Civil Veterinary Department. United Provinces 1912-22 - 1912-1922
Year: 1912
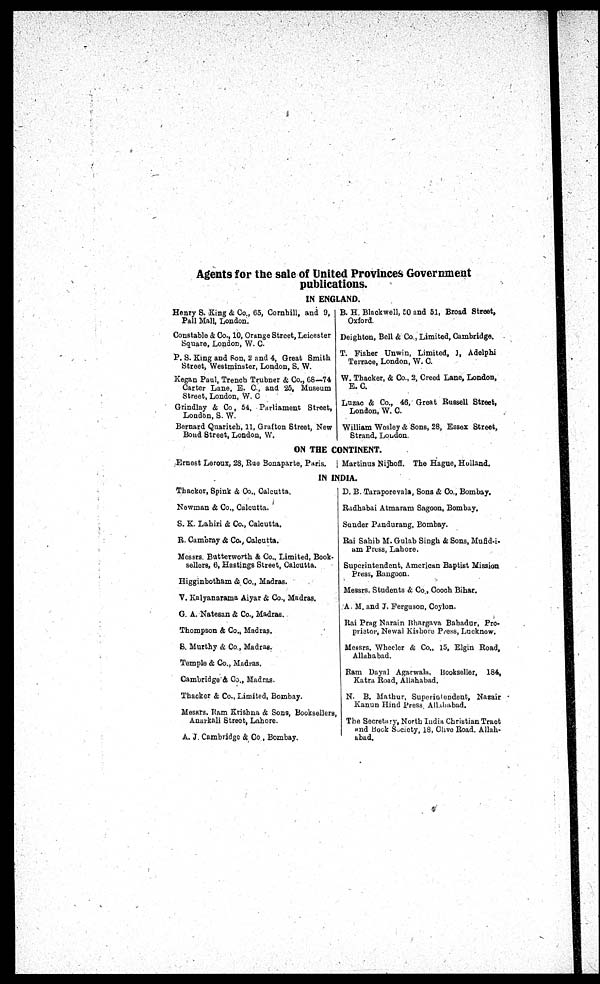
Agents for the sale of United Provinces Government
publications.
IN ENGLAND.
Henry 8. King & Co., 65, Cornhill, and 9,
Pall Mall, London.
Constable & Co., 10, Orange Street, Leicester
Square, London, W. C
P. S. King and Son, 2 and 4, Great Smith
Street, Westminster, London, S. W.
Kegan Paul, Trench Trubner & Co., 68—74
Carter Lane, E. C, and 25, Museum
Street, London, W. C
Grindlay & Co, 54, Parliament Street,
London, S.W.
Bernard Quaritch, 11, Grafton Street, New
Bond Street, London, W.
B. H. Blackwell, 50 and 51, Broad Street,
Oxford.
Deighton, Bell & Co., Limited, Cambridge.
T. Fisher Unwin, Limited, J, Adelphi
Terrace, London, W. C.
W. Thacker, & Co., 2, Creed Lane, London,
E. C.
Luzac & Co., 46, Great Russell Street,
London, W. C.
William Wosley & Sons, 28, Essex Street,
Strand, Loudon.
ON THE CONTINENT.
Ernest Leroux, 28, Rao Sonaparte, Paris. | Martinus Nijhoff. The Hague, Holland.
IN INDIA.
Thacker, Spink & Co., Calcutta.
Newman & Co., Calcutta.
S. K. Lahiri & Co., Calcutta.
R. Cambray & Co., Calcutta.
Messrs. Butterworth & Co.. Limited, Book-
sellers, 6, Hastings Street, Calcutta.
Higginbotham & Co., Madras.
V. Kalyanarama Aiyar & Co., Madras.
G. A. Natesan & Co., Madras.
Thompson & Co., Madras.
S. Murthy & Co., Madras.
Temple & Co., Madras.
Cambridge & Co., Madras.
Thacker & Co., Limited, Bombay.
Messrs. Ram Krishna & Sons, Booksellers,
Anarkali Street, Lahore.
A. J. Cambridge & Co . Bombay.
D. B. Taraporevala, Sons & Co., Bombay.
Radhabai Atmaram Sageon, Bombay.
Sunder Pandurang, Bombay.
Rai Sahib M. Gulab Singh & Sons, Mufid-i
am Press, Lahore.
Superintendent, American Baptist Mission
Press, Rangoon.
Messrs. Students &. Co., Coach Bihar.
A. M. and J. Ferguson, Coylon.
Rai Prag Narain Bhargava Bahadur, Pro-
prietor, Newal Kishore Press, Lucknow.
Messrs. Whecler & Co. 15, Elgin Road,
Allahabad.
Ram Dayal Agarwala, Bookseller, 184,
Katra Road, Allahabad.
N. B. Mathur, Superintendent, Nazair
Kanun Hind Press. Allhabad.
The Secretary, North India Christian Tract
and book Society, 18, Clivo Road. Allah-
abad.